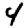
Digit: 4